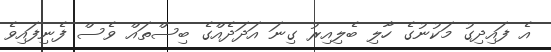
އެ ފައިދިގު މަކުނުގެ ހާލި ބެލިއިރު ގިނަ އަދަދެއްގެ ބިސްތައް ވެސް ފެނިފައިވެ